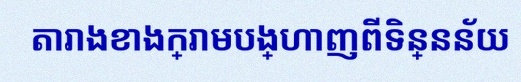
តារាងខាងក្រោមបង្ហាញពីទិន្នន័យ